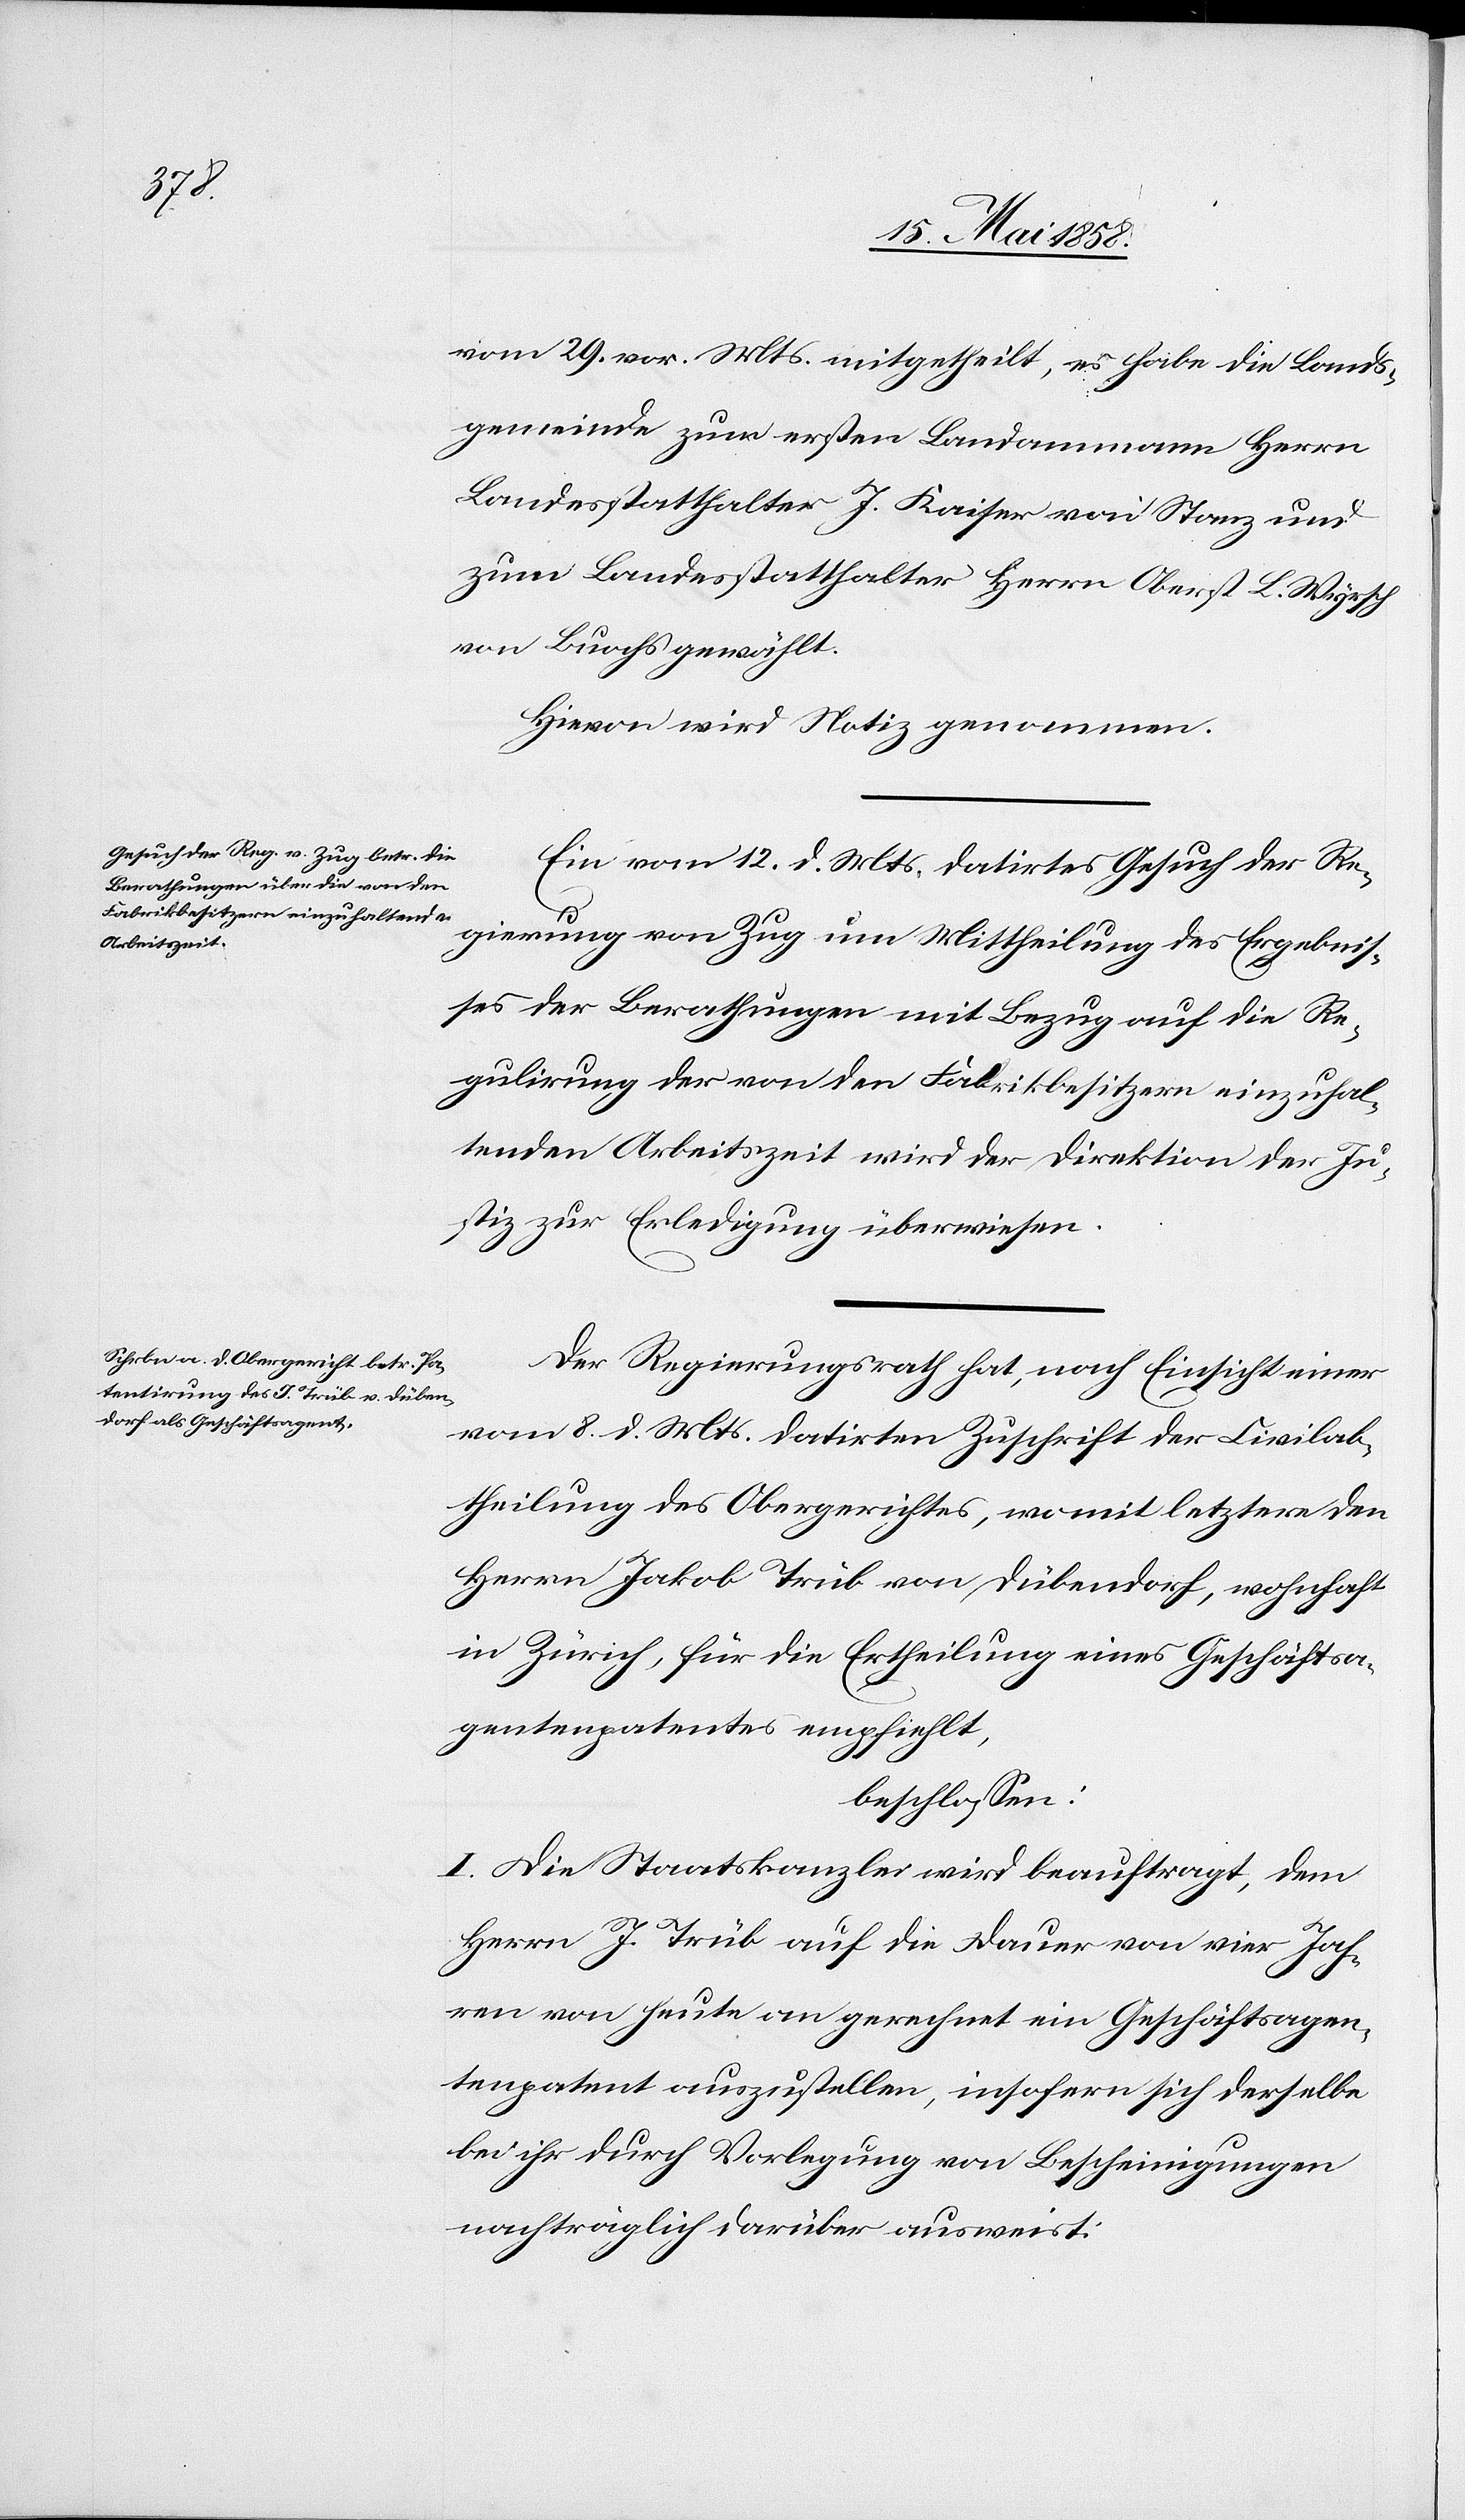
vom 29. vor. Mts. mitgetheilt, es habe die Lands¬
gemeinde zum ersten Landammann Herrn
Landesstatthalter J. Kaiser von Stanz und
zum Landesstatthalter Herrn Oberst L. Wyrsch
von Buochs gewählt.
Hievon wird Notiz genommen.
Ein vom 12. d. Mts. datirtes Gesuch der Re¬
gierung von Zug um Mittheilung des Ergebnis¬
ses der Berathungen mit Bezug auf die Re¬
gulirung der von den Fabrikbesitzern einzuhal¬
tenden Arbeitszeit wird der Direktion der Ju¬
stiz zur Erledigung überwiesen.
Der Regierungsrath hat, nach Einsicht einer
vom 8. d. Mts. datirten Zuschrift der Civilab¬
theilung des Obergerichtes, womit letztere den
Herrn Jakob Trüb von Dübendorf, wohnhaft
in Zürich, für die Ertheilung eines Geschäftsa¬
gentenpatentes empfiehlt,
beschlossen:
I. Die Staatskanzlei wird beauftragt, dem
Herrn J. Trüb auf die Dauer von vier Jah¬
ren von heute an gerechnet ein Geschäftsagen¬
tenpatent auszustellen, insofern sich derselbe
bei ihr durch Vorlegung von Bescheinigungen
nachträglich darüber ausweist.